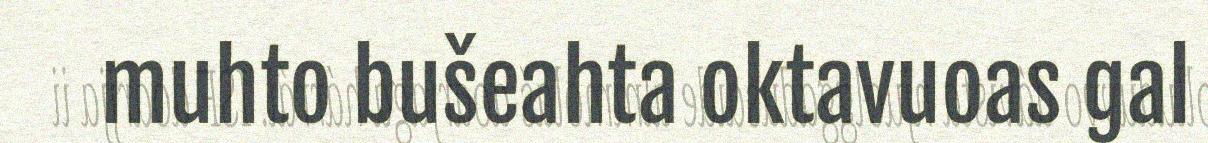
muhto bušeahta oktavuoas gal